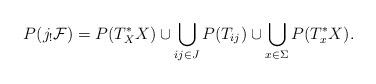
LaTeX: \begin{align*}P(j_!{\cal F})=P(T^*_XX)\cup \bigcup_{ij\in J}P(T_{ij})\cup \bigcup_{x\in \Sigma}P(T^*_xX).\end{align*}